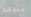
تندمج